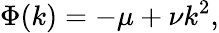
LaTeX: \Phi(k)=-\mu+\nu k^{2},